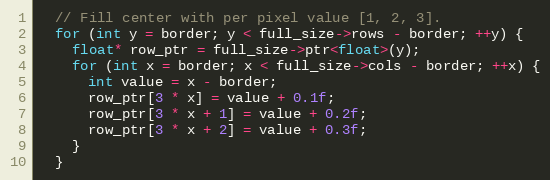
Language: C++
  // Fill center with per pixel value [1, 2, 3].
  for (int y = border; y < full_size->rows - border; ++y) {
    float* row_ptr = full_size->ptr<float>(y);
    for (int x = border; x < full_size->cols - border; ++x) {
      int value = x - border;
      row_ptr[3 * x] = value + 0.1f;
      row_ptr[3 * x + 1] = value + 0.2f;
      row_ptr[3 * x + 2] = value + 0.3f;
    }
  }